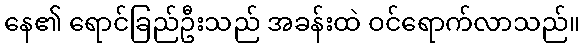
နေ၏ ရောင်ခြည်ဦးသည် အခန်းထဲ ဝင်ရောက်လာသည်။